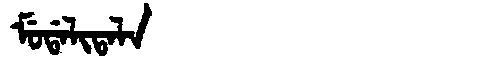
Manchu: ᠮᡠᡩᠠᠯᡳᡨᠠᠯᠠ
Romanization: MUDALITALA